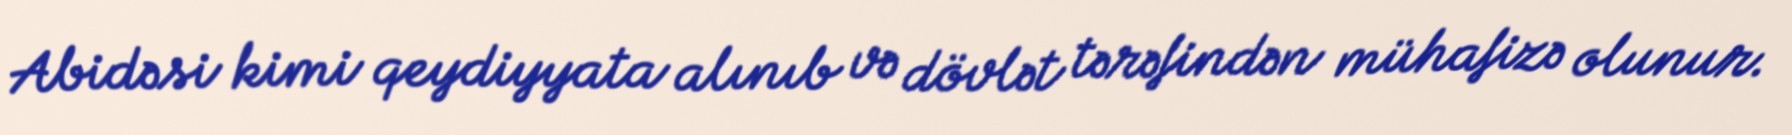
Abidəsi kimi qeydiyyata alınıb və dövlət tərəfindən mühafizə olunur.